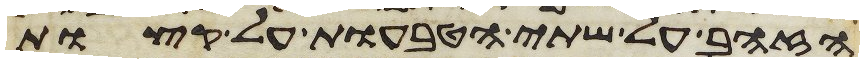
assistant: הזהב על שתי הטבעות על קצות